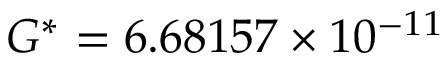
G ^ { * } = 6 . 6 8 1 5 7 \times 1 0 ^ { - 1 1 }